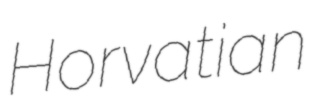
Horvatian